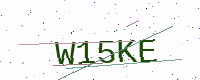
Text: W15KE